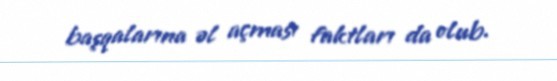
başqalarına əl açması faktları da olub.